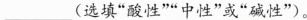
___(选填“酸性”“中性”或“碱性”)